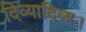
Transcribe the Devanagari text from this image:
दिव्यादिव्य।